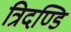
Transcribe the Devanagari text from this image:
त्रिदण्डि